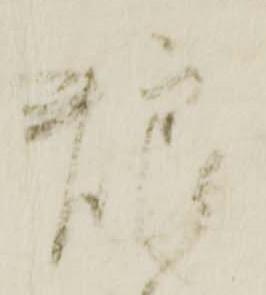
養